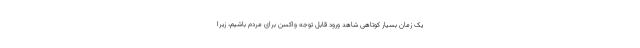
یک زمان بسیار کوتاهی شاهد ورود قابل توجه واکسن برای مردم باشیم، زیرا